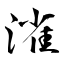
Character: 𣼎